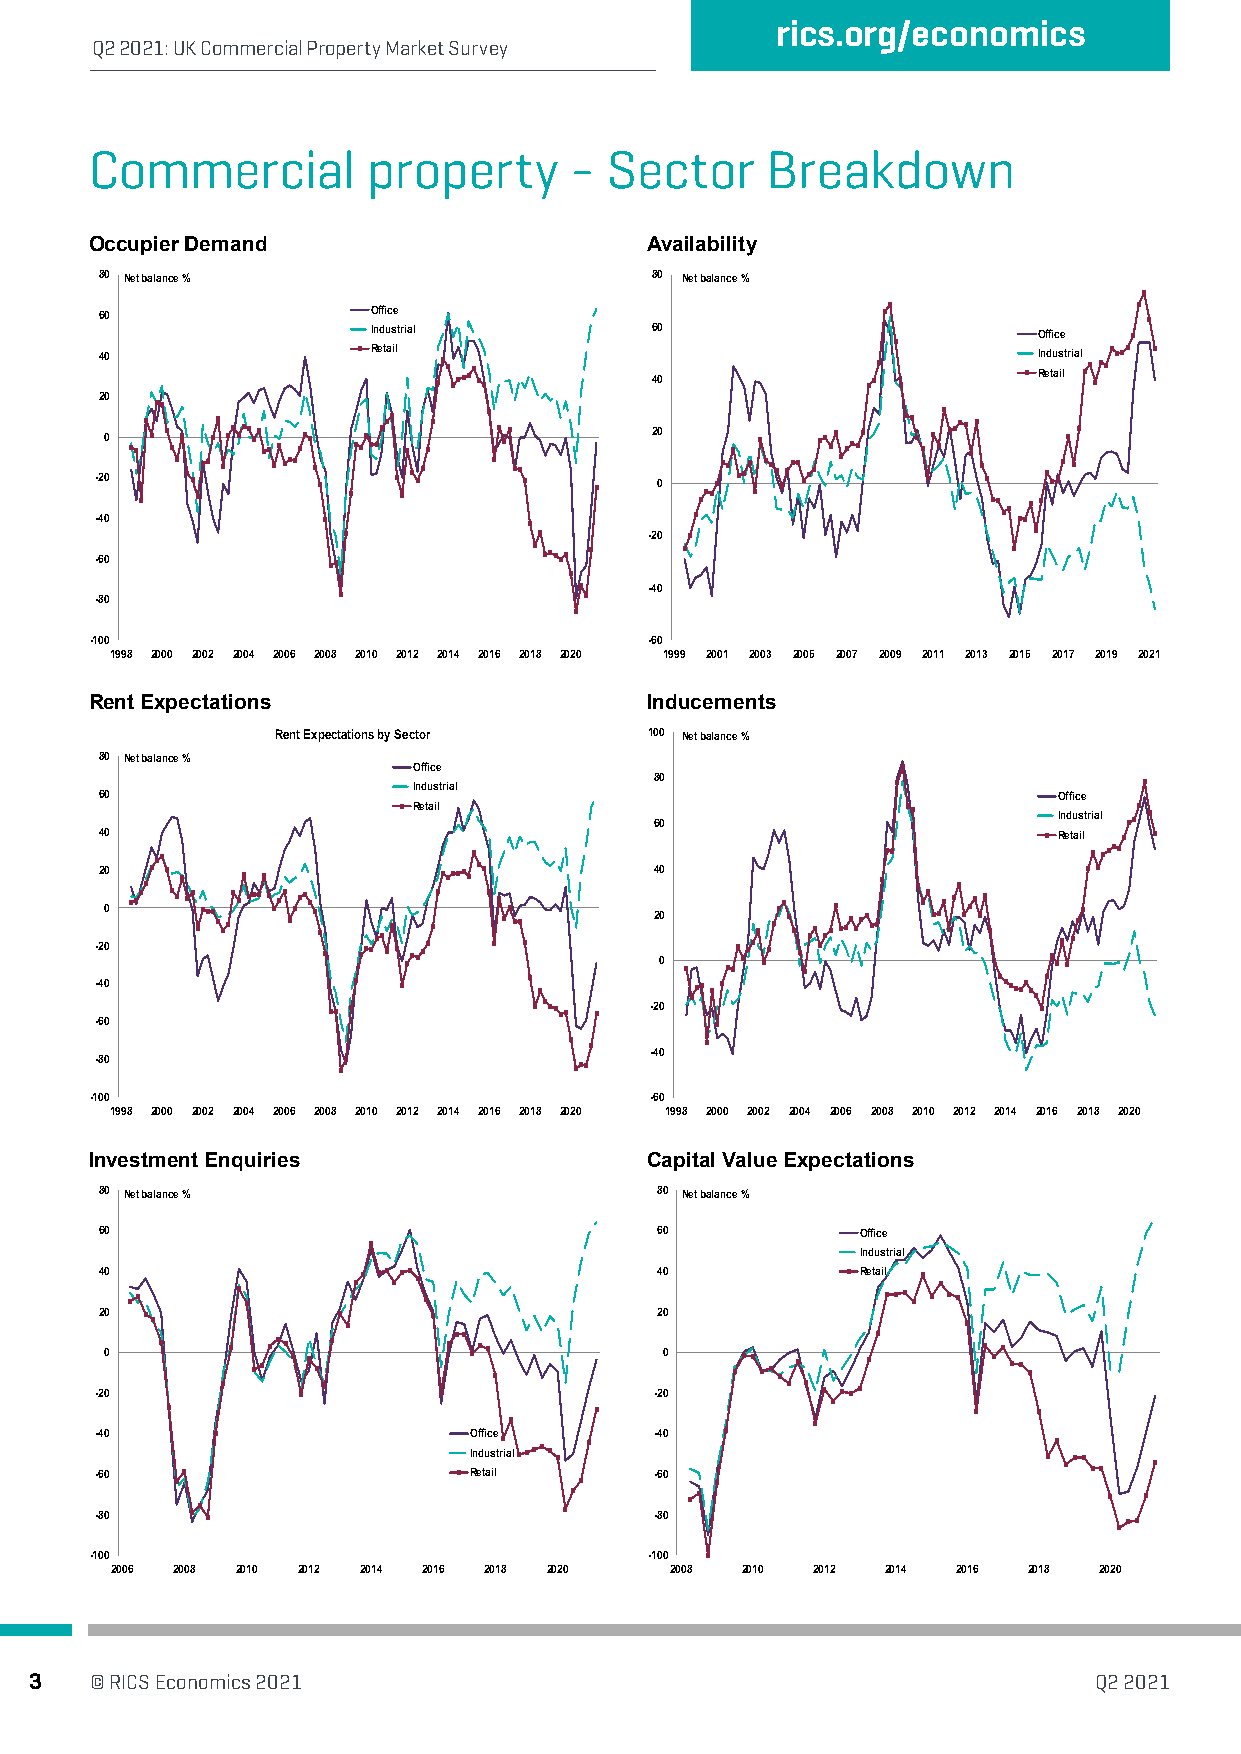
rics.org/economics
 Q2 2021: UK Commercial Property Market Survey
 Commercial        property      - Sector     Breakdown
 Occupier Demand                      Availability
 80 Net balance %                    80 Net balance %
 60                Office
 Industrial        60                        Office
 40                Retail                                      Industrial
 40                        Retail
 20
 0                                   20
 -20                                  0
 -40
 -20
 -60
 -40
 -80
 -100                                 -60
 1998 2000 2002 2004 2006 2008 2010 2012 2014 2016 2018 2020 1999 2001 2003 2005 2007 2009 2011 2013 2015 2017 2019 2021
 Rent Expectations                    Inducements
 Rent Expectations by Sector 100 Net balance %
 80 Net balance %
 Office
 80
 Industrial
 60                                                             Office
 Retail
 Industrial
 60
 40                                                             Retail
 20                                  40
 0
 20
 -20
 0
 -40
 -20
 -60
 -40
 -80
 -100                                 -60
 1998 2000 2002 2004 2006 2008 2010 2012 2014 2016 2018 2020 1998 2000 2002 2004 2006 2008 2010 2012 2014 2016 2018 2020
 Investment Enquiries                 Capital Value Expectations
 80 Net balance %                    80 Net balance %
 60                                  60            Office
 Industrial
 40                                  40            Retail
 20                                  20
 0                                    0
 -20                                  -20
 -40                      Office      -40
 Industrial
 -60                      Retail      -60
 -80                                  -80
 -100                                 -100
 2006 2008 2010 2012 2014 2016 2018 2020 2008 2010 2012 2014 2016 2018 2020
 3   © RICS Economics 2021                                             Q2 2021